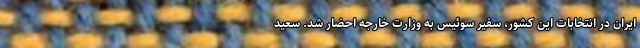
ایران در انتخابات این کشور، سفیر سوئیس به وزارت خارجه احضار شد. سعید